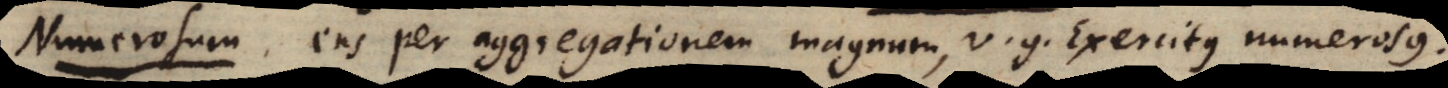
u m ens per aggregationem magnum, v.g. Exercitus numerosus.